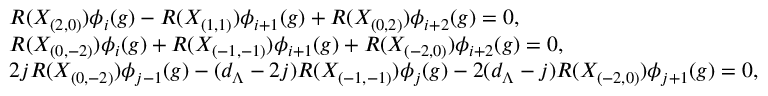
\begin{array} { r l } & { R ( X _ { ( 2 , 0 ) } ) \phi _ { i } ( g ) - R ( X _ { ( 1 , 1 ) } ) \phi _ { i + 1 } ( g ) + R ( X _ { ( 0 , 2 ) } ) \phi _ { i + 2 } ( g ) = 0 , } \\ & { R ( X _ { ( 0 , - 2 ) } ) \phi _ { i } ( g ) + R ( X _ { ( - 1 , - 1 ) } ) \phi _ { i + 1 } ( g ) + R ( X _ { ( - 2 , 0 ) } ) \phi _ { i + 2 } ( g ) = 0 , } \\ & { 2 j R ( X _ { ( 0 , - 2 ) } ) \phi _ { j - 1 } ( g ) - ( d _ { \Lambda } - 2 j ) R ( X _ { ( - 1 , - 1 ) } ) \phi _ { j } ( g ) - 2 ( d _ { \Lambda } - j ) R ( X _ { ( - 2 , 0 ) } ) \phi _ { j + 1 } ( g ) = 0 , } \end{array}